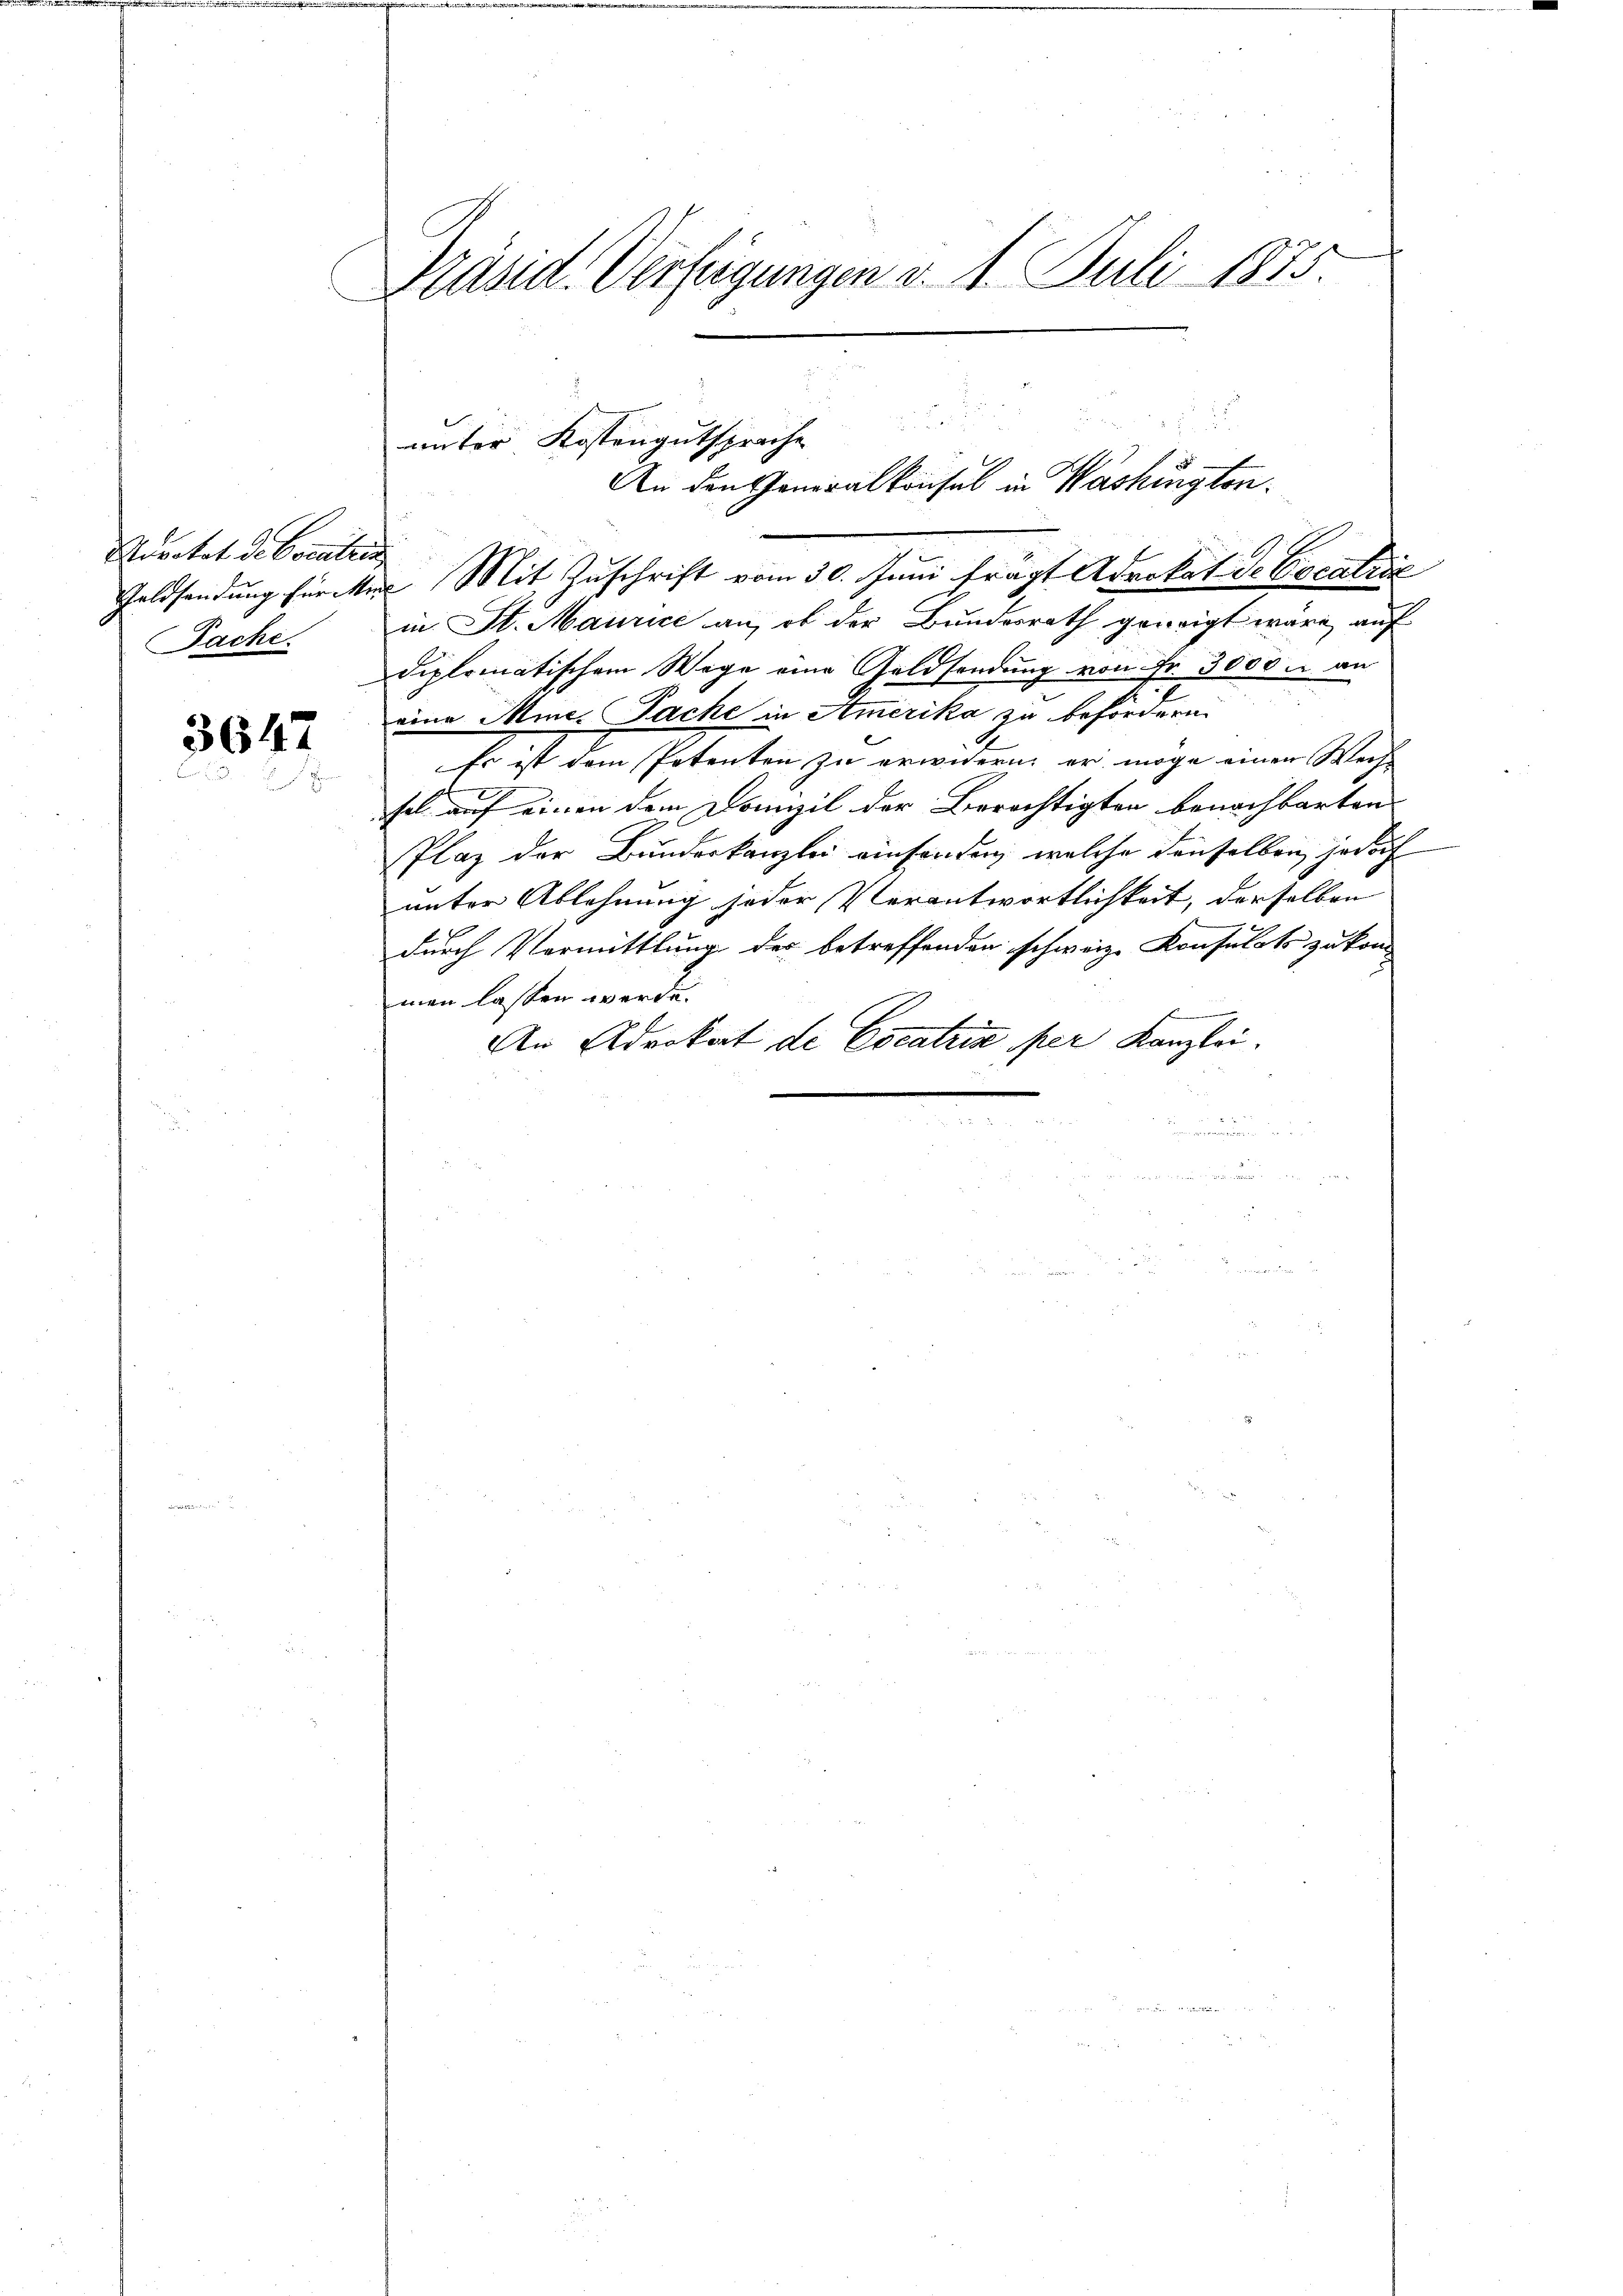
.

Ravetet de Coralien
Fache.

3647

Präsid. Verfügungen v. 4. Juli 1875

Goldsendung fürchen Mit Zuschrift vom 30. Juni fragt Advokat de Cocatric
in St. Maurice an, ob der Bundesrath geneigt wäre, auf
diplomatischem Wege eine Geldsendung von Fr. 3000 u. an
eine Mine. Pache in Amerika zu befördern.
Es ist dem Petenten zu erwidern, er möge einer Wechfel auf einen dem Domizil der Berichtigten benachbarten
Plaz der Bundeskanzlei einsenden, welche denselben jedoch
unter Ablehnung jeder Verantwortlichkeit, derselben
durch Vermittlung des betreffenden schweiz. Konsulats zu kom
man lassen werde.
An Advokat de Cocatria per Kanzlei.

unter Kostengutsprache
An den Generalkonsul in Washington.